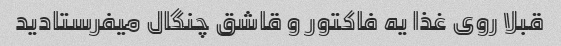
قبلا روی غذا یه فاکتور و قاشق چنگال میفرستادید